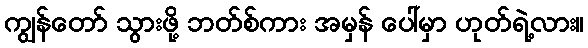
ကျွန်တော် သွားဖို့ ဘတ်စ်ကား အမှန် ပေါ်မှာ ဟုတ်ရဲ့လား။